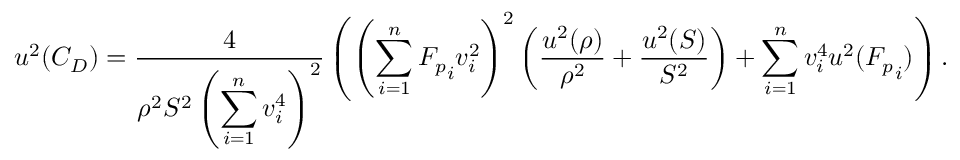
u ^ { 2 } ( C _ { D } ) = \frac { 4 } { \rho ^ { 2 } S ^ { 2 } \left( \displaystyle \sum _ { i = 1 } ^ { n } v _ { i } ^ { 4 } \right) ^ { 2 } } \left( \left( \displaystyle \sum _ { i = 1 } ^ { n } { F _ { p } } _ { i } v _ { i } ^ { 2 } \right) ^ { 2 } \left( \frac { u ^ { 2 } ( \rho ) } { \rho ^ { 2 } } + \frac { u ^ { 2 } ( S ) } { S ^ { 2 } } \right) + \displaystyle \sum _ { i = 1 } ^ { n } v _ { i } ^ { 4 } u ^ { 2 } ( { F _ { p } } _ { i } ) \right) .